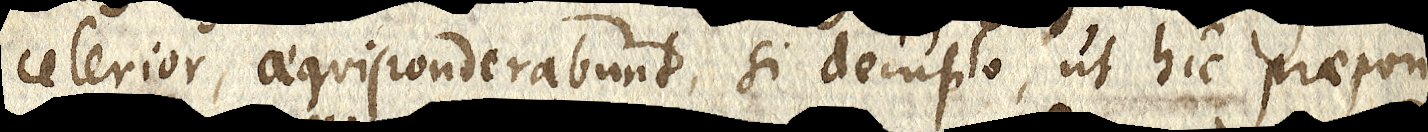
celerior, aequiponderabutn, si dempto, ut hic praepon-